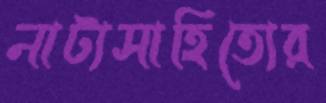
নাট্যসাহিত্যের